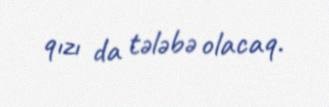
qızı da tələbə olacaq.